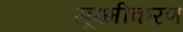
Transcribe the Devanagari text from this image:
सूक्ष्मीकरण